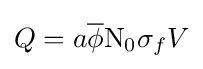
Q=a{\overline {\phi }}\mathrm {N} _{0}\sigma _{f}V